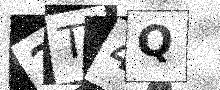
Text: 2T4Q